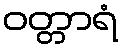
ဝတ္တာရံ